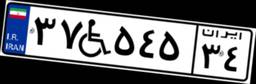
۳۷W۵۴۵۳۴